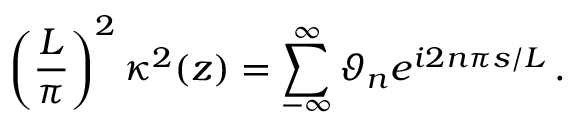
\left( \frac { L } { \pi } \right) ^ { 2 } \kappa ^ { 2 } ( z ) = \sum _ { - \infty } ^ { \infty } \vartheta _ { n } e ^ { i 2 n \pi s / L } \, .